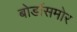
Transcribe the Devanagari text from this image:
बोर्डासमोर